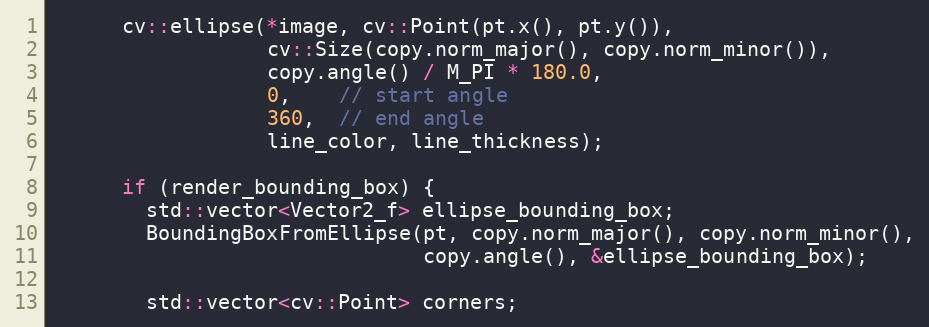
Language: C++
      cv::ellipse(*image, cv::Point(pt.x(), pt.y()),
                  cv::Size(copy.norm_major(), copy.norm_minor()),
                  copy.angle() / M_PI * 180.0,
                  0,    // start angle
                  360,  // end angle
                  line_color, line_thickness);

      if (render_bounding_box) {
        std::vector<Vector2_f> ellipse_bounding_box;
        BoundingBoxFromEllipse(pt, copy.norm_major(), copy.norm_minor(),
                               copy.angle(), &ellipse_bounding_box);

        std::vector<cv::Point> corners;